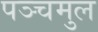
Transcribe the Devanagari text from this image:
पञ्चमुल